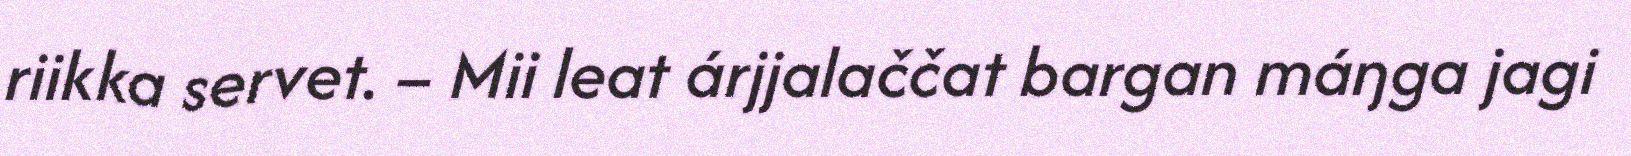
riikka servet. – Mii leat árjjalaččat bargan máŋga jagi